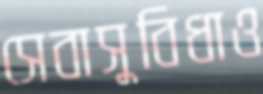
সেবাসুবিধাও